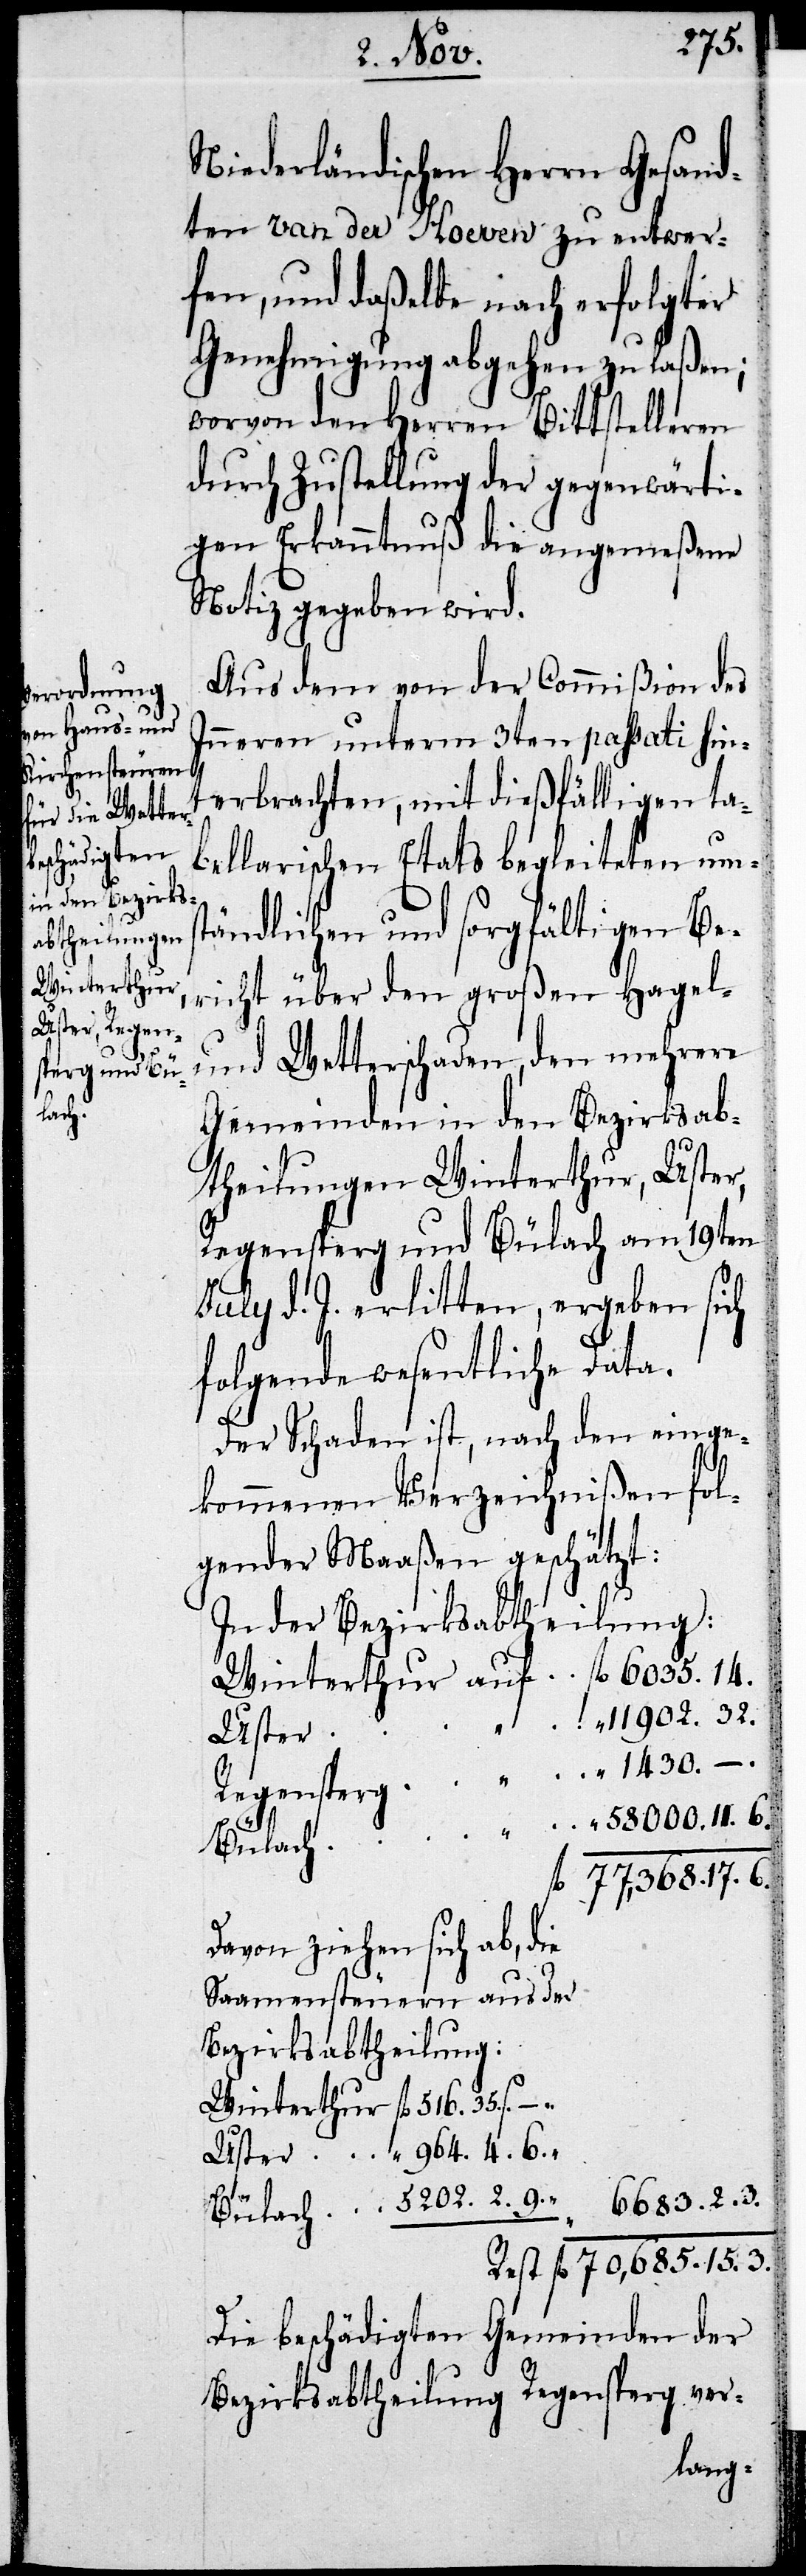
Niederländischen Gesand¬
ten van der Hoeven zu entwer¬
fen, und daßelbe nach erfolgter
Genehmigung abgehen zu laßen;
worvon den Herren Bittstelleren
durch Zustellung der gegenwärti¬
gen Erkanntnuß die angemeßene
Notiz gegeben wird.
Aus dem von der Commißion des
Inneren unterm 3ten passati hin¬
terbrachten, mit dießfälligen ta¬
bellarischen Etats begleiteten umst¬
ändlichen und sorgfältigen Be¬
richt über den großen Hagel
und Wetterschaden, den mehrere
Gemeinden in den Bezirksab¬
theilungen Winterthur, Uster,
Regensperg und Bülach am 19ten
July d. J. erlitten, ergeben sich
folgende wesentliche Data.
Der Schaden ist, nach den einge¬
kommenen Verzeichnißen fol¬
gender Maaßen geschätzt:
In der Bezirksabtheilung:
Winterthur	auf 	fl 	6035.14.
Regensperg	„	„	1430. – .
„	fl	77,368.17.6.
Davon ziehen sich ab, die
Saamensteuern aus der
Bezirksabtheilung:
Winterthur		fl	516. 35s – .
Die beschädigten Gemeinden der
Bezirksabtheilung Regensperg ver-